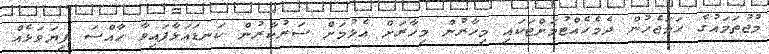
މުޖުތަމައުގެ ހަމަޖެހުން ދެމެހެއްޓުމަށްޓަކައި މިހާރުން މިހާރަށް އެޅުމަށް ސަރުކާރުން ކަނޑައަޅާފައިވާ ޚާއްސަ ފިޔަވަޅެއް